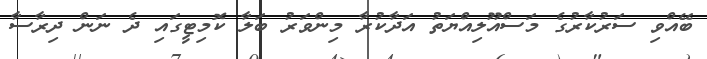
ބޭއްވި ސަރުކާރުގެ މަސްއޫލިއްޔަތު އަދާކުރާ މިންވަރު ބަލާ ކޮމިޓީގައި ދެ ނަން ދިރާސާ